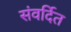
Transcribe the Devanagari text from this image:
संवर्दित